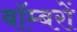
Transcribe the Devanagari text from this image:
बाॅम्बरों